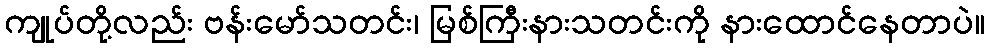
ကျုပ်တို့လည်း ဗန်းမော်သတင်း၊ မြစ်ကြီးနားသတင်းကို နားထောင်နေတာပဲ။